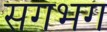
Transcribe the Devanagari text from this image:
सगभग